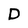
Character: D